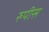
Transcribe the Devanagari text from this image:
रुपीस